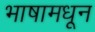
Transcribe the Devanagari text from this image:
भाषामधून